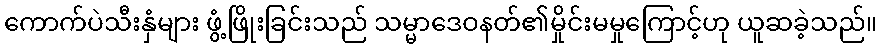
ကောက်ပဲသီးနှံများ ဖွံ့ဖြိုးခြင်းသည် သမ္မာဒေဝနတ်၏မှိုင်းမမှုကြောင့်ဟု ယူဆခဲ့သည်။